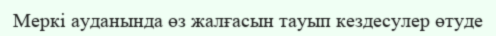
Меркі ауданында өз жалғасын тауып кездесулер өтуде